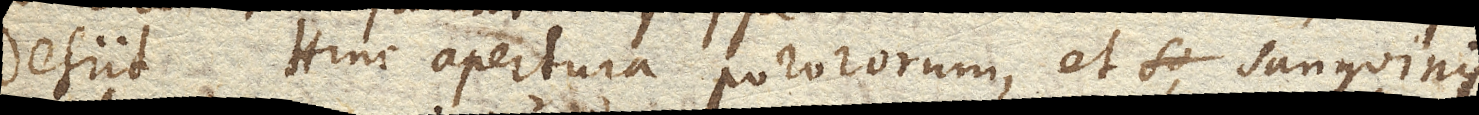
desiit. Hinc apertura pororum, et sanguinis